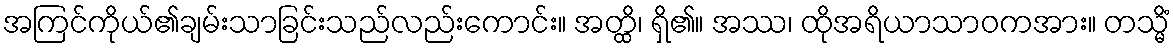
အကြင်ကိုယ်၏ချမ်းသာခြင်းသည်လည်းကောင်း။ အတ္ထိ၊ ရှိ၏။ အဿ၊ ထိုအရိယာသာဝကအား။ တသ္မိံ